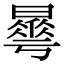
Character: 𣋓